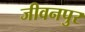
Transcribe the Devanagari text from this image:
जीवनपुर